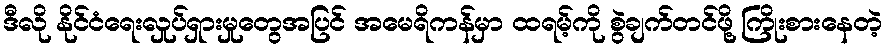
ဒီလို နိုင်ငံရေးလှုပ်ရှားမှုတွေအပြင် အမေရိကန်မှာ ထရမ့်ကို စွဲချက်တင်ဖို့ ကြိုးစားနေတဲ့